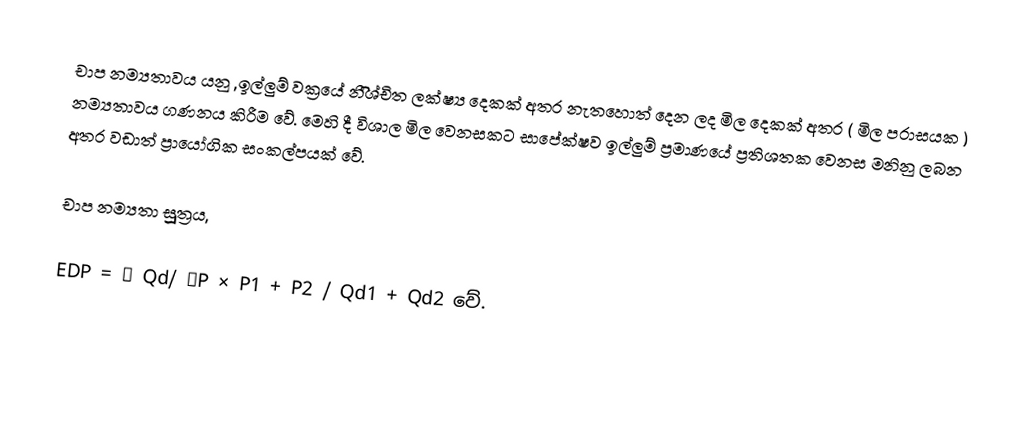
චාප නම්‍යතාවය යනු ,ඉල්ලුම් වක්‍රයේ නිිිිශ්චිත ලක්ෂ්‍ය දෙකක් අතර නැතහොත් දෙන ලද මිල දෙකක් අතර ( මිල  පරාසයක ) නම්‍යතාවය ගණනය කිරීම වේ. මෙහි දී  විශාල මිල  වෙනසකට සාපේක්ෂව ඉල්ලුම් ප්‍රමාණයේ  ප්‍රතිශතක වෙනස  මනිනු ලබන අතර වඩාත් ප්‍රායෝගික සංකල්පයක් වේ.

චාප නම්‍යතා සූූූත්‍රය,

EDP = ∆ Qd/ ∆P × P1 + P2 / Qd1 + Qd2  වේ.